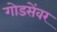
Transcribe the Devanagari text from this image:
गोडसेंवर